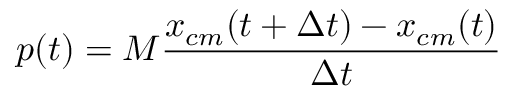
p ( t ) = M \frac { x _ { c m } ( t + \Delta t ) - x _ { c m } ( t ) } { \Delta t }